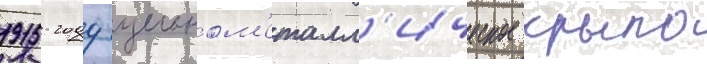
1915 году цельном'еталл'ическое крыло